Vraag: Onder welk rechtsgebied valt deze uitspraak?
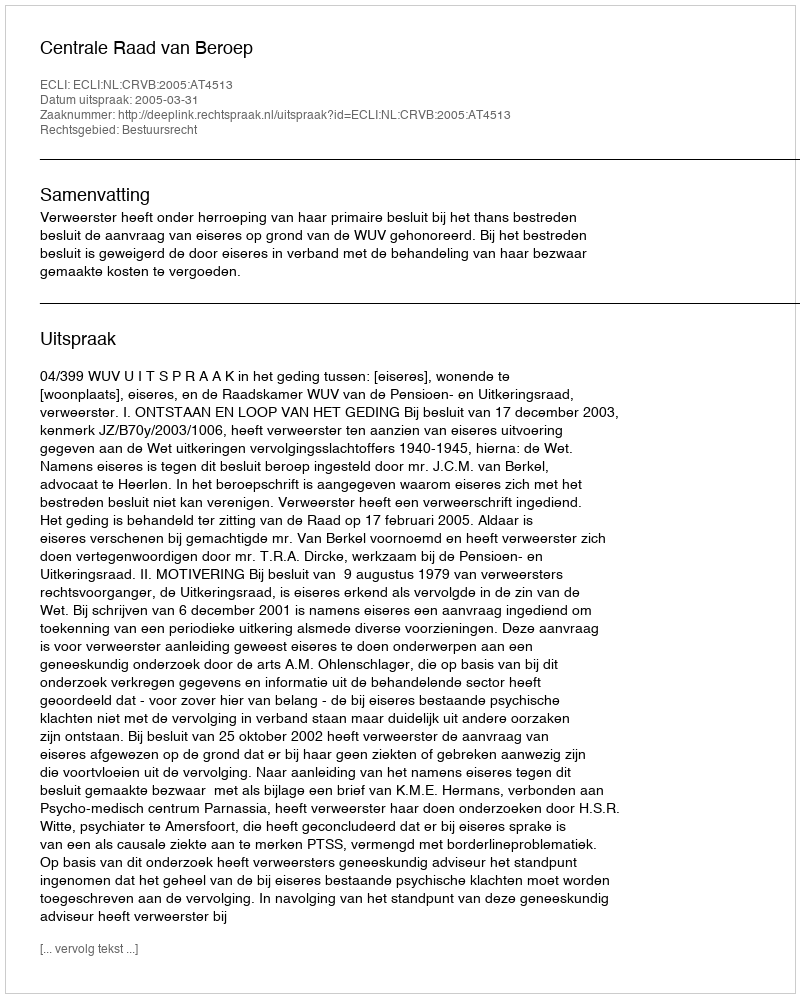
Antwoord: Bestuursrecht